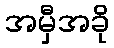
အမှီအခို